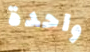
واحدة